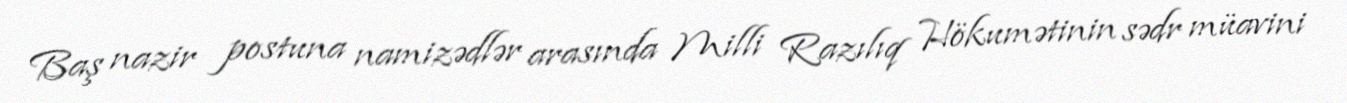
Baş nazir postuna namizədlər arasında Milli Razılıq Hökumətinin sədr müavini